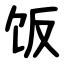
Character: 饭